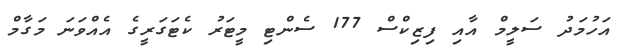
އަހުމަދު ސަލީމް އާއި ފިޒިކްސް 177 ސެންޓި މީޓަރު ކެޓަގަރީގެ އެއްވަނަ މަގާމް